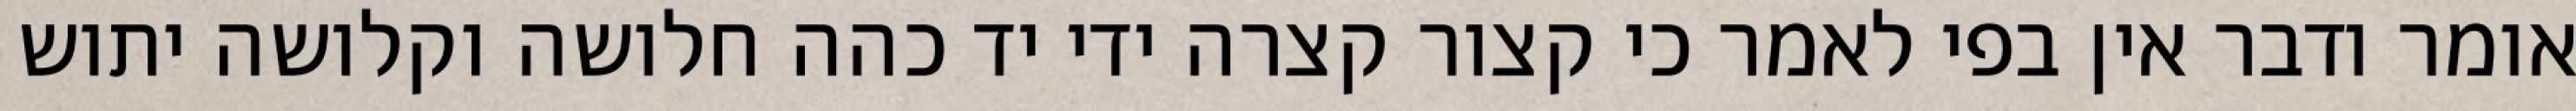
אומר ודבר אין בפי לאמר כי קצור קצרה ידי יד כהה חלושה וקלושה יתוש